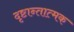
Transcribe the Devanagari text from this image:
दृष्टान्तात्मक